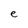
Character: e